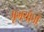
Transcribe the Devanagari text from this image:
मृगयोनी